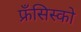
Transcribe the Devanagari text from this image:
फ्रँसिस्को